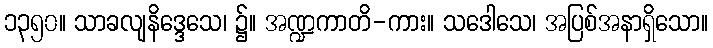
၁၃၅၀။ သာခလျနိဒ္ဒေသေ၊ ၌။ အဏ္ဍကာတိ-ကား။ သဒေါသေ၊ အပြစ်အနာရှိသော။